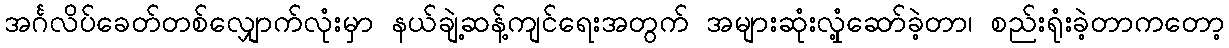
အင်္ဂလိပ်ခေတ်တစ်လျှောက်လုံးမှာ နယ်ချဲ့ဆန့်ကျင်ရေးအတွက် အများဆုံးလှုံ့ဆော်ခဲ့တာ၊ စည်းရုံးခဲ့တာကတော့